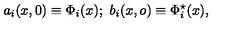
a _ { i } ( x , 0 ) \equiv \Phi _ { i } ( x ) ; \ b _ { i } ( x , o ) \equiv \Phi _ { i } ^ { \star } ( x ) ,